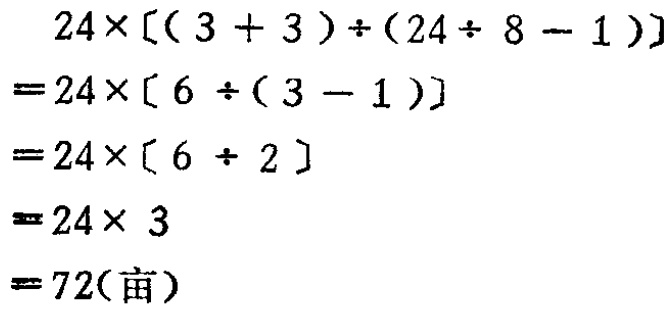
\[
\begin{align*}
&24\times[(3 + 3)\div(24\div 8 - 1)]\\
=&24\times[6\div(3 - 1)]\\
=&24\times[6\div 2]\\
=&24\times 3\\
=&72(\text{亩})
\end{align*}
\]